Annual report on the mental hospital in the Central Provinces and Berar (Nagpur) - 1927-1951
Year: 1927
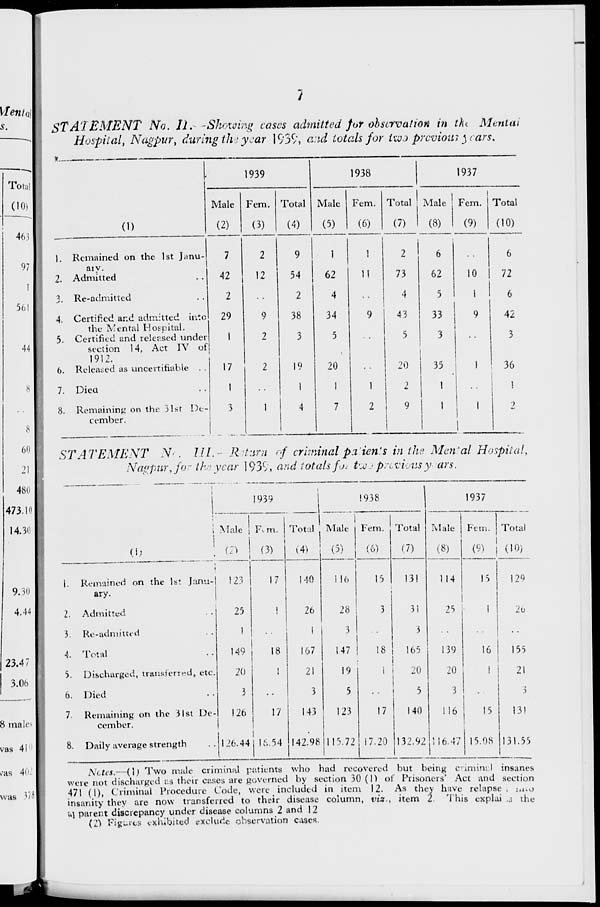
7
STATEMENT
No. II. –Showing cases admitted for observation in the Mental
Hospital, Nagpur, during the year 1939, and totals for two previous years.
(1)
1.
2.
3.
4.
5,
6.
7.
8.
Remained on the 1st Janu¬
ary.
Admitted ..
Re-admitted ..
Certified and admitted into
the Mental Hospital. ..
Certified and released under
section 14, Act IV of
1912.
Released as uncertifiable ..
Died ..
Remaining on the 31st De-
cember. ..
1939
Male
(2)
7
42
2
29
1
17
1
5
Fem.
(3)
2
12
..
9
2
2
..
1
Total
(4)
9
54
2
38
3
19
1
4
1938
Male
(5)
1
62
4
34
5
20
1
7
Fem.
(6)
1
11
..
9
..
..
1
2
Total
(7)
2
73
4
43
5
20
2
9
1937
Male
(8)
6
62
5
33
3
35
1
1
Fem.
(9)
..
10
1
9
..
1
..
1
Total
(10)
6
72
6
42
3
36
1
2
STATEMENT
No. III.- Return of criminal patients in the Mental Hospital,
Nagpur, for the year 1939, and totals for two previous years.
(1)
1.
2.
3
4.
5.
6.
7.
8.
Remained on the 1st Janu-
ary.
Admitted ..
Re-admitted ..
Total ..
Discharged, transferred, etc.
Died ..
Remaining on the 31st De-
cember.
Daily average strength ..
1939
Male
(2)
123
25
1
149
20
3
126
126.44
Fem.
(3)
17
1
..
18
1
..
17
16.54
Total
(4)
140
26
1
167
21
3
143
142.98
1938
Male
(5)
116
28
3
147
19
5
123
115.72
Fem.
(6)
15
3
..
18
1
..
17
17.20
Total
(7)
131
31
3
165
20
5
140
132.92
1937
Male
(8)
114
25
..
139
20
3
116
116.47
Fem.
(9)
15
1
..
16
1
..
15
15.08
Total
(10)
129
26
..
155
21
3
131
131.55
Notes.—(1) Two male criminal patients who had recovered but being criminal insanes
were not discharged as their cases are governed by section 30(1) of Prisoners' Act and section
471 (1), Criminal Procedure Code, were included in item 12. As they have relapsed into
insanity they are now transferred to their disease column, viz., item 2 This explains the
a parent discrepancy under disease columns 2 and 12
(2) Figures exhibited exclude observation cases.